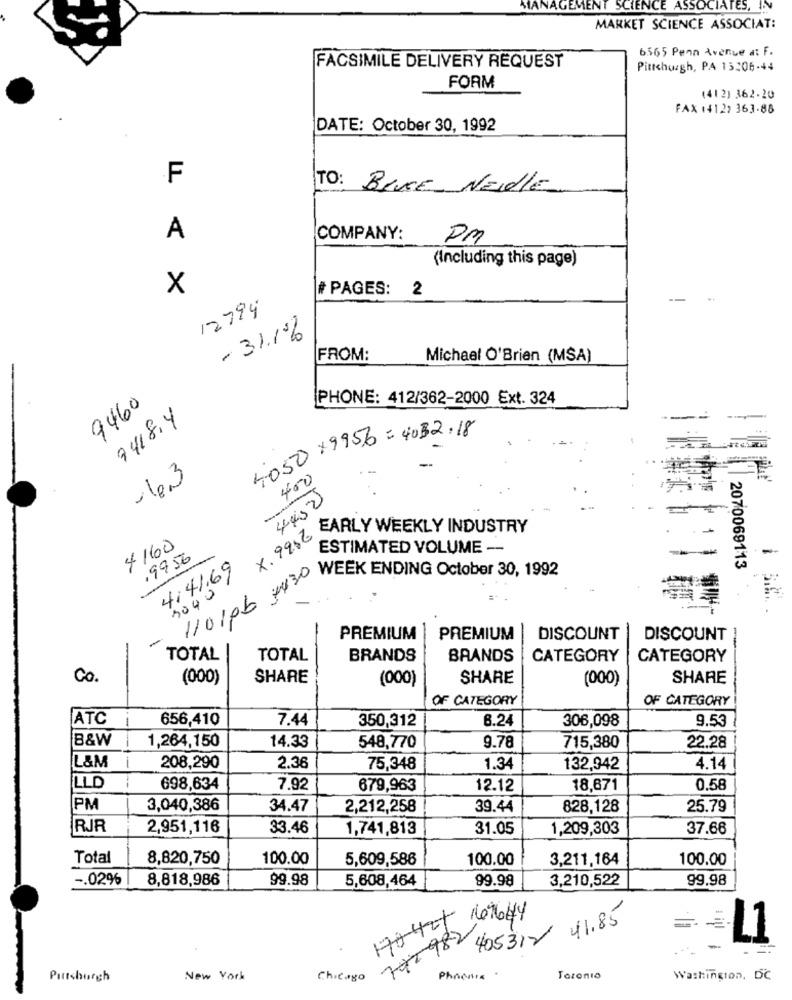
MANAGEMENT SCIENCE ASSOCIATES, IN
MARKET SCIENCE ASSOCIAT:
6565 Penn Avenue at F.
FACSIMILE DELIVERY REQUEST
Pittchugh, PA 13:06-44
FORM
(412) 362.20
FAX 14122 363-88
DATE: October 30, 1992
.F
TO: Bece NEIdle
A
COMPANY:
PM
(Including this page)
X
# PAGES: 2
12794
- 31.1%
FROM:
Michael O'Brian (MSA)
PHONE: 412/362-2000 Ext. 324
9460
7418.4
4050X9956= 4032.18
-1.3
400
4400
, 9956 CARLY WEEKLY INDUSTRY
4160
ESTIMATED VOLUME --
,9956
4141.69
2070069113
110106 :+420 WEEK ENDING October 30, 1992
PREMIUM
PREMIUM
DISCOUNT
DISCOUNT
-
TOTAL
TOTAL
BRANDS
BRANDS
CATEGORY
CATEGORY
Co.
(000)
SHARE
(000)
SHARE
(000)
SHARE
OF CATEGORY
OF CATEGORY
ATC
-
656,410
7.44
6.24
9.53
350,312
306,098
B&W
1,264,150
14.33
548,770
9.78
715,380
22.28
L&M
208,290
2.36
75,348
1.34
132,942
4.14
LLD
698,634
7.92
679,963
12.12
18,671
0.58
PM
3,040,386
34.47
2,212,258
39.44
828,128
25.79
RJR
2,951,116
33.46
1,741,813
31.05
1,209,303
37.66
Total
8,820,750
100.00
5,609,586
100.00
3,211,164
100.00
-. 02%
8,818,986
99.98
5,608,464
99.98
3,210,522
99.98
170401
207644
41.85
=
791982
405312
L1
-
Pittsburgh
New York
Chicago
Phoenix
Toronto
Washington, DC